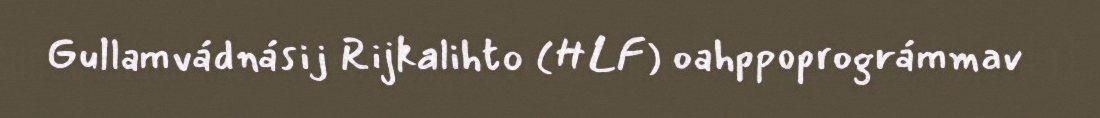
Gullamvádnásij Rijkalihto (HLF) oahppoprográmmav